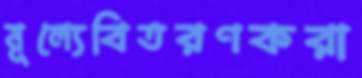
মূল্যেবিতরণকরা